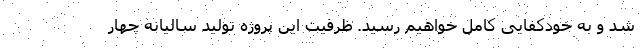
شد و به خودکفایی کامل خواهیم رسید. ظرفیت این پروژه تولید سالیانه چهار